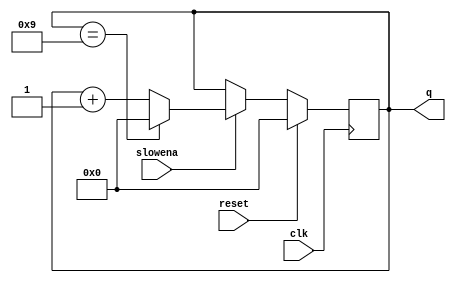
module top_module (
    input           clk,
    input           slowena,
    input           reset,
    output  [3:0]   q
);

    reg     [3:0]   counter;
    always @(posedge clk) begin
        if (reset)
            counter <= '0;
        else if (slowena)
            if (counter == 4'd10 - 1'b1)
                counter <= '0;
            else
                counter <= counter + 1'b1;
        // Usually the last no-change else branch could be omitted
        else
            counter <= counter;
    end

    assign q = counter;

endmodule